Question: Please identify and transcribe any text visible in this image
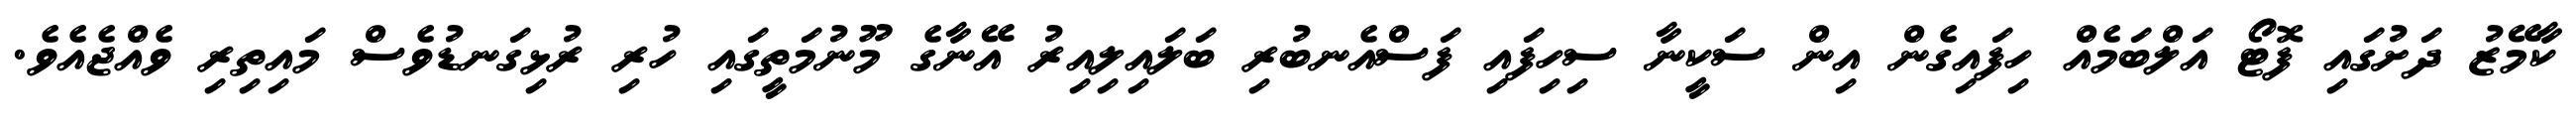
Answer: ކާމޭޒު ދަށުގައި ފޮޓޯ އަލްބަމެއް ހިފައިގެން އިން ސަކީނާ ސިހިފައި ފަސްއެނބުރި ބަލައިލިއިރު އޭނާގެ މޫނުމަތީގައި ހުރި ރުޅިގަނޑުވެސް މައިތިރި ވެއްޖެއެވެ.